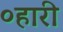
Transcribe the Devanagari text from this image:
०हारी